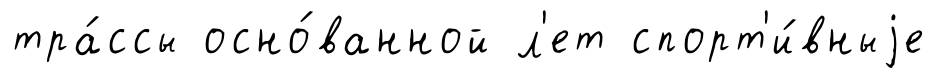
тра́ссы осно́ванной л'ет спорт'и́вныjе